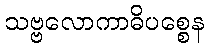
သဗ္ဗလောကာဓိပစ္စေန